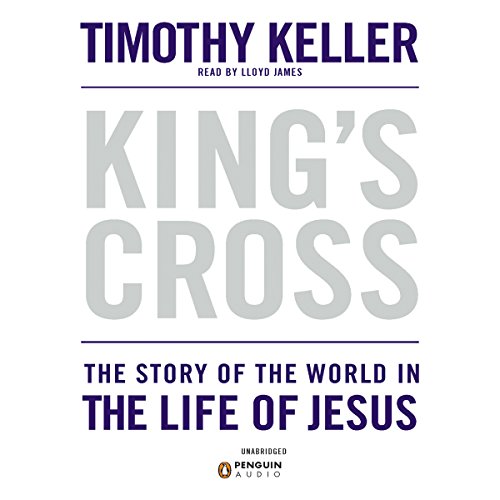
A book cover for King's Cross: The Story of the World in the Life of Jesus; Timothy Keller; Religion & Spirituality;